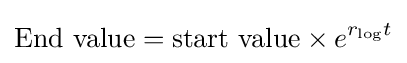
{\text{End value}}={\text{start value}}\times e^{r_{\mathrm {log} }t}